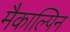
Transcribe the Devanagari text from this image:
मैकाल्पिन